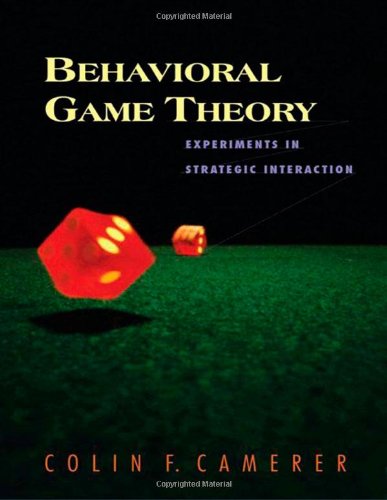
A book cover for Behavioral Game Theory: Experiments in Strategic Interaction (The Roundtable Series in Behavioral Economics); Colin F. Camerer; Science & Math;